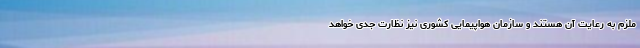
ملزم به رعایت آن هستند و سازمان هواپیمایی کشوری نیز نظارت جدی خواهد